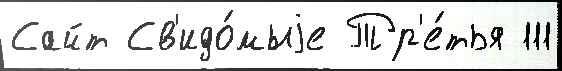
Сайт Св'идо́мыjе Тр'е́тья 111